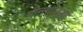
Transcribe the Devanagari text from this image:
मीनथोङ्दा